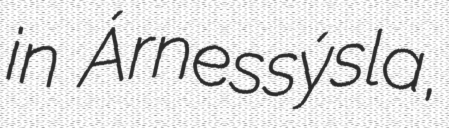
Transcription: in Árnessýsla,